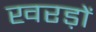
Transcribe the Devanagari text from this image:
खरड़ों